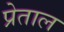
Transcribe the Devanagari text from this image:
प्रेताल